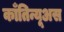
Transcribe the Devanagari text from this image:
काँतिन्यूअस